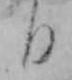
日